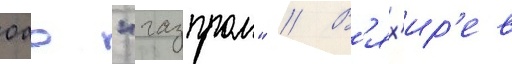
оао "газпром" // В'ях'ир'ев